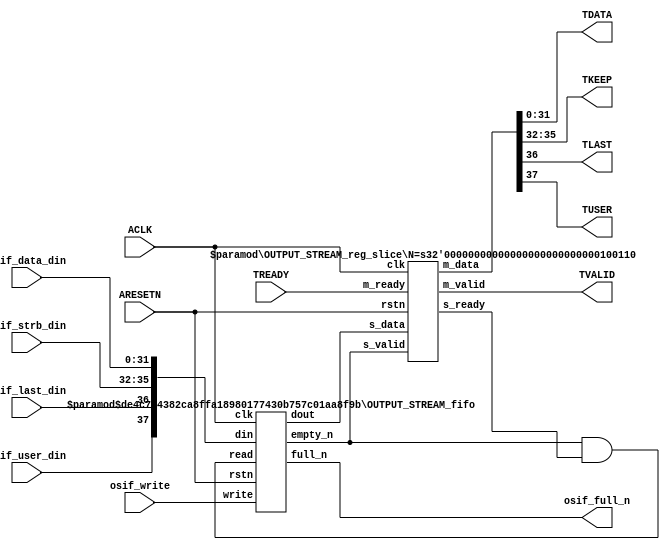
// ============================================================================
// Designer : Cheng Chunwen
// Create   : 2014.05.03
// Ver      : 1.0
// Func     : Sobel Filter AXI STREAM Interafce
//
// History  :
//   2016.03.30 v1.1 by cwcheng
// ============================================================================

`timescale 1ns/1ps

module OUTPUT_STREAM_if
#(
    parameter TBITS = 32 ,
    parameter TBYTE = 4
)(
    // AXI4-Stream singals
    input  wire             ACLK,
    input  wire             ARESETN,
    output wire             TVALID,
    input  wire             TREADY,
    output wire [TBITS-1:0] TDATA,
    output wire [TBYTE-1:0] TKEEP,
    output wire [1-1:0]     TLAST,
    output wire [1-1:0]     TUSER,

    // User signals
    input  wire [TBITS-1:0] osif_data_din,
    input  wire [TBYTE-1:0] osif_strb_din,
    input  wire [1-1:0]     osif_last_din,
    input  wire [1-1:0]     osif_user_din,
    output wire             osif_full_n,
    input  wire             osif_write
);


//------------------------Local signal-------------------
// FIFO
wire          fifo_read;
wire          fifo_empty_n;
wire [TBITS+TBYTE+2-1:0] osif_din;
wire [TBITS+TBYTE+2-1:0] osif_dout;
// register slice
wire          s_valid;
wire          s_ready;
wire [TBITS+TBYTE+2-1:0] s_data;
wire          m_valid;
wire          m_ready;
wire [TBITS+TBYTE+2-1:0] m_data;

//------------------------Instantiation------------------
// rs
OUTPUT_STREAM_reg_slice #(
    .N       ( TBITS+TBYTE+2 )
) rs (
    .clk     ( ACLK ),
    .rstn    ( ARESETN ),
    .s_data  ( s_data ),
    .s_valid ( s_valid ),
    .s_ready ( s_ready ),
    .m_data  ( m_data ),
    .m_valid ( m_valid ),
    .m_ready ( m_ready )
);

// osif_fifo
OUTPUT_STREAM_fifo #(
    .DATA_BITS  ( TBITS+TBYTE+2 ),
    .DEPTH_BITS ( 4 )
) osif_fifo (
    .clk        ( ACLK ),
    .rstn       ( ARESETN ),
    .empty_n    ( fifo_empty_n ),
    .full_n     ( osif_full_n ),
    .read       ( fifo_read ),
    .write      ( osif_write ),
    .dout       ( osif_dout ),
    .din        ( osif_din )
);

//------------------------Body---------------------------
//++++++++++++++++++++++++AXI4-Stream++++++++++++++++++++
assign TVALID = m_valid;
assign TDATA  = m_data[TBITS-1:0];
assign TKEEP  = m_data[TBITS+TBYTE-1:TBITS];
assign TLAST  = m_data[TBITS+TBYTE:TBITS+TBYTE];
assign TUSER  = m_data[TBITS+TBYTE+1:TBITS+TBYTE+1];

//+++++++++++++++++++++++++++++++++++++++++++++++++++++++

//++++++++++++++++++++++++Reigister Slice++++++++++++++++
assign s_valid = fifo_empty_n;
assign m_ready = TREADY;
assign s_data  = osif_dout;

//+++++++++++++++++++++++++++++++++++++++++++++++++++++++

//++++++++++++++++++++++++FIFO+++++++++++++++++++++++++++
assign fifo_read    = fifo_empty_n & s_ready;
assign osif_din = {osif_user_din, osif_last_din, osif_strb_din, osif_data_din};

//+++++++++++++++++++++++++++++++++++++++++++++++++++++++

endmodule  // OUTPUT_STREAM_if



`timescale 1ns/1ps

module OUTPUT_STREAM_fifo
#(parameter
    DATA_BITS  = 8,
    DEPTH_BITS = 4
)(
    input  wire                 clk,
    input  wire                 rstn,
    output wire                 empty_n,
    output wire                 full_n,
    input  wire                 read,
    input  wire                 write,
    output wire [DATA_BITS-1:0] dout,
    input  wire [DATA_BITS-1:0] din
);
//------------------------Parameter----------------------
localparam
    DEPTH = 1 << DEPTH_BITS;
//------------------------Local signal-------------------
reg                   empty;
reg                   full;
reg  [DEPTH_BITS-1:0] index;
reg  [DATA_BITS-1:0]  mem[0:DEPTH-1];
//------------------------Body---------------------------
assign empty_n = ~empty;
assign full_n  = ~full;
assign dout    = mem[index];

// empty
always @(posedge clk or negedge rstn) begin
    if (~rstn)
        empty <= 1'b1;
    else if (empty & write & ~read)
        empty <= 1'b0;
    else if (~empty & ~write & read & (index==1'b0))
        empty <= 1'b1;
end

// full
always @(posedge clk or negedge rstn) begin
    if (~rstn)
        full <= 1'b0;
    else if (full & read & ~write)
        full <= 1'b0;
    else if (~full & ~read & write & (index==DEPTH-2'd2))
        full <= 1'b1;
end

// index
always @(posedge clk or negedge rstn) begin
    if (~rstn)
        index <= {DEPTH_BITS{1'b1}};
    else if (~empty & ~write & read)
        index <= index - 1'b1;
    else if (~full & ~read & write)
        index <= index + 1'b1;
end

// mem
always @(posedge clk) begin
    if (~full & write) mem[0] <= din;
end

genvar i;
generate
    for (i = 1; i < DEPTH; i = i + 1) begin : gen_sr
        always @(posedge clk) begin
            if (~full & write) mem[i] <= mem[i-1];
        end
    end
endgenerate

endmodule  // OUTPUT_STREAM_fifo

`timescale 1ns/1ps

module OUTPUT_STREAM_reg_slice
#(parameter
    N = 8   // data width
) (
    // system signals
    input  wire         clk,
    input  wire         rstn,
    // slave side
    input  wire [N-1:0] s_data,
    input  wire         s_valid,
    output wire         s_ready,
    // master side
    output wire [N-1:0] m_data,
    output wire         m_valid,
    input  wire         m_ready
);
//------------------------Parameter----------------------
// state
localparam [1:0]
    ZERO = 2'b10,
    ONE  = 2'b11,
    TWO  = 2'b01;
//------------------------Local signal-------------------
reg  [N-1:0] data_p1;
reg  [N-1:0] data_p2;
wire         load_p1;
wire         load_p2;
wire         load_p1_from_p2;
reg          s_ready_t;
reg  [1:0]   state;
reg  [1:0]   next;
//------------------------Body---------------------------
assign s_ready = s_ready_t;
assign m_data  = data_p1;
assign m_valid = state[0];

assign load_p1 = (state == ZERO && s_valid) ||
                 (state == ONE && s_valid && m_ready) ||
                 (state == TWO && m_ready);
assign load_p2 = s_valid & s_ready;
assign load_p1_from_p2 = (state == TWO);

// data_p1
always @(posedge clk) begin
    if (load_p1) begin
        if (load_p1_from_p2)
            data_p1 <= data_p2;
        else
            data_p1 <= s_data;
    end
end

// data_p2
always @(posedge clk) begin
    if (load_p2) data_p2 <= s_data;
end

// s_ready_t
always @(posedge clk) begin
    if (~rstn)
        s_ready_t <= 1'b0;
    else if (state == ZERO)
        s_ready_t <= 1'b1;
    else if (state == ONE && next == TWO)
        s_ready_t <= 1'b0;
    else if (state == TWO && next == ONE)
        s_ready_t <= 1'b1;
end

// state
always @(posedge clk) begin
    if (~rstn)
        state <= ZERO;
    else
        state <= next;
end

// next
always @(*) begin
    case (state)
        ZERO:
            if (s_valid & s_ready)
                next = ONE;
            else
                next = ZERO;
        ONE:
            if (~s_valid & m_ready)
                next = ZERO;
            else if (s_valid & ~m_ready)
                next = TWO;
            else
                next = ONE;
        TWO:
            if (m_ready)
                next = ONE;
            else
                next = TWO;
        default:
            next = ZERO;
    endcase
end

endmodule  // OUTPUT_STREAM_reg_slice